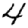
Digit: 4